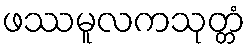
ဖဿမူလကသုတ္တံ